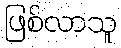
ဖြစ်လာသူ